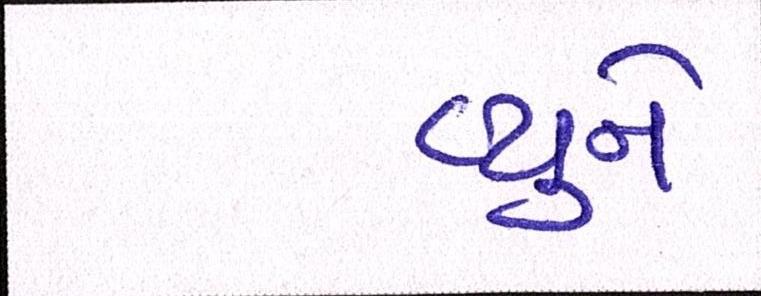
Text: હ્યુને